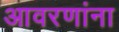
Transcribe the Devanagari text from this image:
आवरणांना